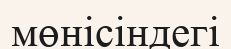
мөнісіндегі